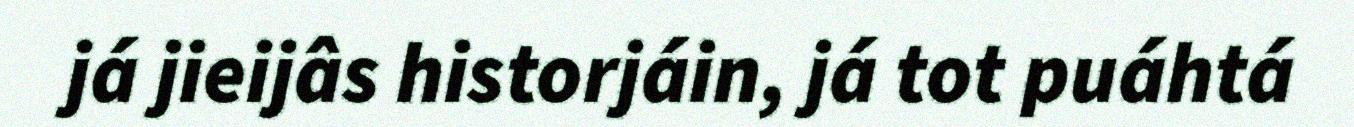
já jieijâs historjáin, já tot puáhtá